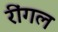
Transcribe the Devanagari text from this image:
रींगल